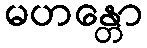
မဟန္တော